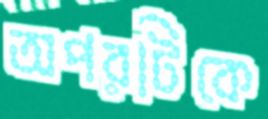
অপরটিকে